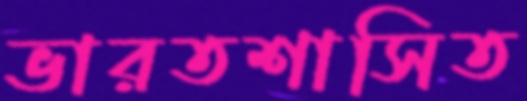
ভারতশাসিত